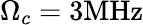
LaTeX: {\Omega_{c}}=3\mathrm{{MHz}}